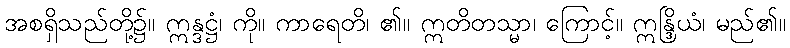
အစရှိသည်တို့၌။ ဣန္ဒဋ္ဌံ၊ ကို။ ကာရေတိ၊ ၏။ ဣတိတသ္မာ၊ ကြောင့်။ ဣန္ဒြိယံ၊ မည်၏။